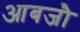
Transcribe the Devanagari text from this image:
आबजौ